Vaccination in Bombay 1902-1912 - 1902-1912
Year: 1902
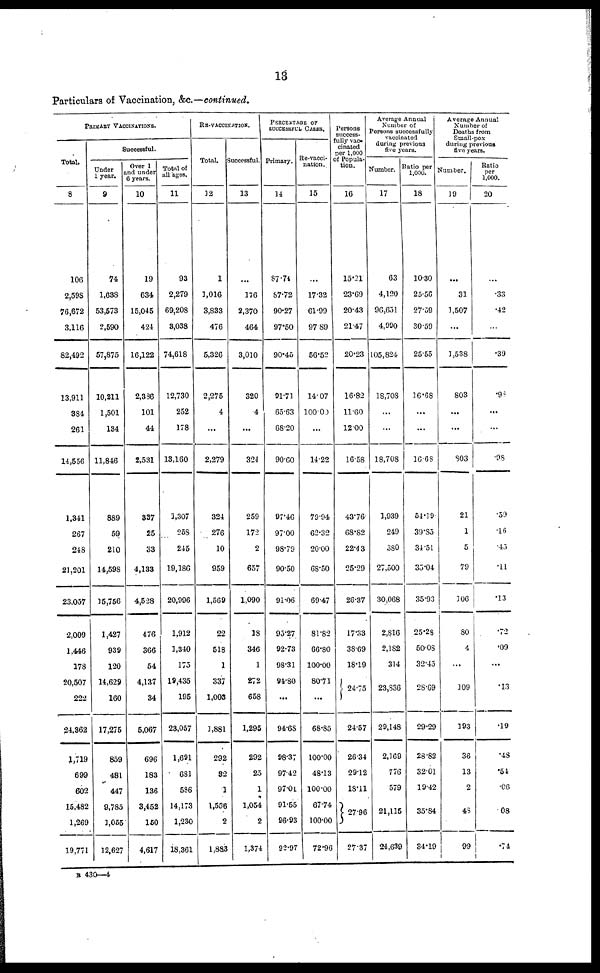
13
Particulars of Vaccination, &c.—continued.
PRIMARY VACCINATIONS.
Total.
8
106
2,598
76,672
3,116
82,492
13,911
384
261
14,556
1,341
267
248
21,201
23,057
2,009
1,446
178
20,507
222
24,362
1,719
699
602
15,482
1,269
19,771
Successful.
Under
1 year.
9
74
1,638
53,573
2,590
57,875
10,211
1,501
134
11,846
889
59
210
14,598
15,756
1,427
939
120
14,629
160
17,275
859
481
447
9,785
1,055
12,627
Over 1
and under
6 years.
10
19
634
15,045
424
16,122
2,386
101
44
2,531
337
25
33
4,133
4,528
476
366
54
4,137
34
5,067
696
183
136
3,452
150
4,617
Total of
all ages.
11
93
2,279
69,208
3,038
74,618
12,730
252
178
13,160
1,307
258
245
19,186
20,996
1,912
1,340
175
19,435
195
23,057
1,691
631
586
14,173
1,230
18,361
RE-VACCINATION.
Total.
12
1
1,016
3,833
476
5,326
2,275
4
...
2,279
324
276
10
959
1,569
22
518
1
337
1,003
1,881
292
82
1
1,556
2
1,883
Successful.
13
...
176
2,370
464
3,010
320
4
...
324
259
172
2
657
1,090
18
346
1
272
658
1,295
292
25
1
1,054
2
1,374
PERCENTAGE OF
SUCCESSFUL CASES.
Primary.
14
87.74
87.72
90.27
97.50
90.45
91.71
65.63
68.20
90.60
97.46
97.00
98.79
90.50
91.06
95.27
92.73
98.31
94.80
...
94.68
98.37
97.42
97.01
91.55
96.93
92.97
Re-vacci¬
nation.
15
...
17.32
61.99
97.89
56.52
14.07
100.00
...
14.22
79.94
62.32
20.00
68.50
69.47
81.82
66.80
100.00
80.71
...
68.85
100.00
48.13
100.00
67.74
100.00
72.96
Persons
success¬
fully vac-
cinated
per 1,000
of Popula-
tion.
16
15.21
23.69
20.43
21.47
20.23
16.82
11.60
12.00
16.58
43.76
68.82
22.43
25.29
26.37
17.33
38.69
18.19
24.75
24.57
26.34
29.12
18.11
27.96
27.37
Average Annual
Number of
Persons successfully
vaccinated
during previous
five years.
Number.
17
63
4,120
96,651
4,990
105,824
18,708
...
...
18,708
1,939
249
380
27,500
30,068
2,816
2,182
314
23,836
29,148
2,169
776
579
21,115
24,639
Ratio per
1,000.
18
10.30
25.56
27.59
30.59
25.55
16.68
...
...
16.68
54.19
39.85
34.51
35.04
35.93
25.28
50.08
32.45
28.69
29.29
28.82
32.01
19.42
35.84
34.19
Average Annual
Number of
Deaths from
Small-pox
during previous
five years.
Number.
19
...
31
1,507
...
1,538
803
...
...
803
21
1
5
79
106
80
4
...
109
193
36
13
2
48
99
Ratio
per
1,000.
20
...
.33
.42
...
.39
.98
...
...
.98
.59
.16
.45
.11
.13
.72
.09
...
.13
.19
.48
.54
.06
.08
.74
B 430—4